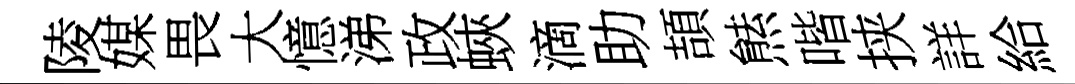
陵媒畏大憶涕政蛺滴助頡㷱喈挟詳給